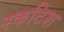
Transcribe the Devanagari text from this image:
स्कटिश